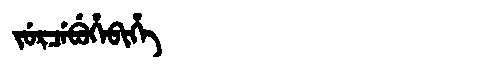
Manchu: ᠵᡠᡵᠴᡝᠪᡠᡥᡝᠪᡳᡥᡝ
Romanization: JURCEBUHEBIHE